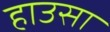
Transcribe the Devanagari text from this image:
हाउसा